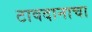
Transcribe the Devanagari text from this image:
टावदानाचा